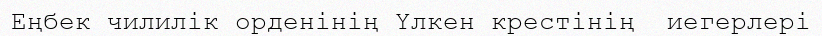
Еңбек чилилік орденінің Үлкен крестінің  иегерлері